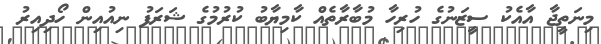
މިނަތީޖާ އާއެކު ސީޒަނުގެ ހުރިހާ މުބާރާތެއް ކާމިޔާބު ކުރުމުގެ ޝަރަފު ނިއުއިން ހޯދިއިރު